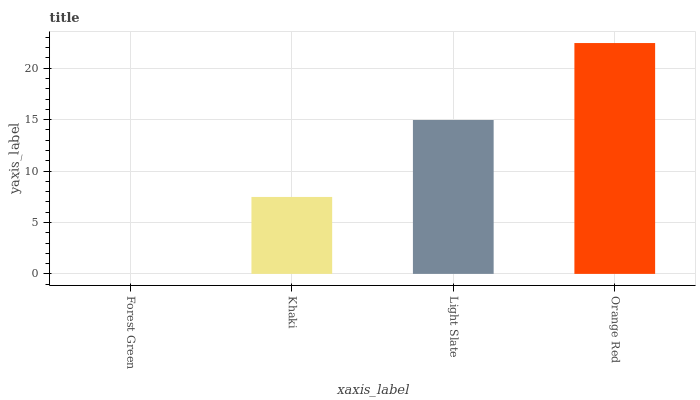
| xaxis_label | bars |
 | --- | --- |
 | Forest Green | 0 |
 | Khaki | 7.48 |
 | Light Slate | 15 |
 | Orange Red | 22.5 |